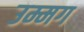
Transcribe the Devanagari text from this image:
उम्मग